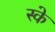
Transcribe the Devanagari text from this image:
स्के